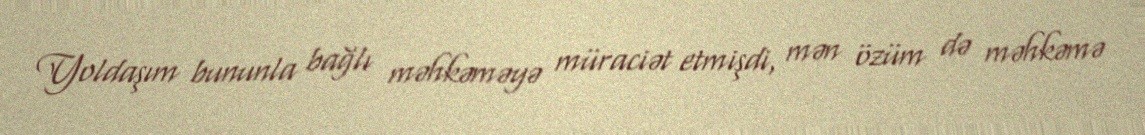
Yoldaşım bununla bağlı məhkəməyə müraciət etmişdi, mən özüm də məhkəmə